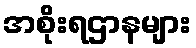
အစိုးရဌာနများ